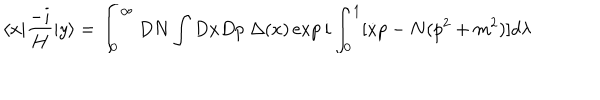
LaTeX: \langle x | \frac { - i } { H } | y \rangle = \int _ { 0 } ^ { \infty } D N \int D x D p \ \Delta ( x ) \exp { i \int _ { 0 } ^ { 1 } [ \dot { x } p - N ( p ^ { 2 } + m ^ { 2 } ) ] d \lambda }